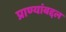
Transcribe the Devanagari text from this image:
प्राण्यांबद्दल